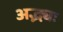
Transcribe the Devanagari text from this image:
अद्भ्यः